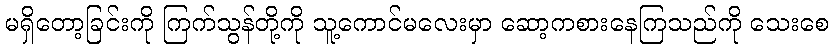
မရှိတော့ခြင်းကို ကြက်သွန်တို့ကို သူ့ကောင်မလေးမှာ ဆော့ကစားနေကြသည်ကို သေးစေ